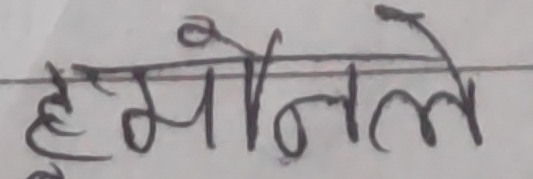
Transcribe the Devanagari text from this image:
हामोनले